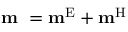
\textbf { m } = { \bf m } ^ { \mathrm { E } } + { \bf m } ^ { \mathrm { H } }